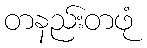
တနည်းတဖုံ